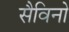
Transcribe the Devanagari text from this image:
सैविनो